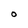
Character: O